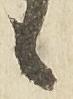
候